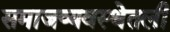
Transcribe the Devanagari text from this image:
समाजव्यवस्थेतली